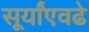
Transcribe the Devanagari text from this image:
सूर्यांएवढे